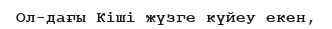
Ол-дағы Кіші жүзге күйеу екен,